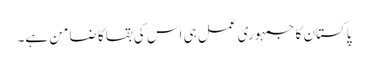
پاکستان کا جمہوری عمل ہی اس کی بقا کا ضامن ہے۔